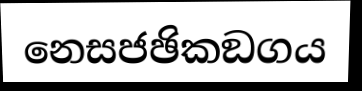
නෙසජඡිකඞගය